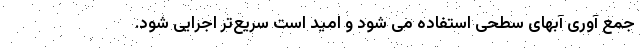
جمع آوری آبهای سطحی استفاده می شود و امید است سریع‌تر اجرایی شود.